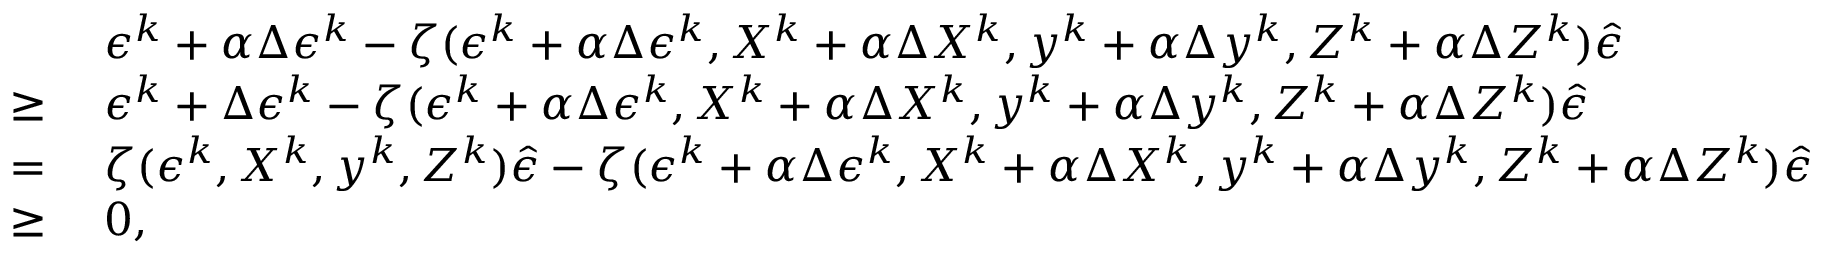
\begin{array} { r l } & { \; \epsilon ^ { k } + \alpha \Delta \epsilon ^ { k } - \zeta ( \epsilon ^ { k } + \alpha \Delta \epsilon ^ { k } , X ^ { k } + \alpha \Delta X ^ { k } , y ^ { k } + \alpha \Delta y ^ { k } , Z ^ { k } + \alpha \Delta Z ^ { k } ) \hat { \epsilon } } \\ { \geq } & { \; \epsilon ^ { k } + \Delta \epsilon ^ { k } - \zeta ( \epsilon ^ { k } + \alpha \Delta \epsilon ^ { k } , X ^ { k } + \alpha \Delta X ^ { k } , y ^ { k } + \alpha \Delta y ^ { k } , Z ^ { k } + \alpha \Delta Z ^ { k } ) \hat { \epsilon } } \\ { = } & { \; \zeta ( \epsilon ^ { k } , X ^ { k } , y ^ { k } , Z ^ { k } ) \hat { \epsilon } - \zeta ( \epsilon ^ { k } + \alpha \Delta \epsilon ^ { k } , X ^ { k } + \alpha \Delta X ^ { k } , y ^ { k } + \alpha \Delta y ^ { k } , Z ^ { k } + \alpha \Delta Z ^ { k } ) \hat { \epsilon } } \\ { \geq } & { \; 0 , } \end{array}